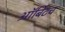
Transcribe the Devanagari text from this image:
ऑर्बिटच